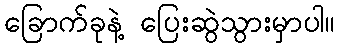
ခြောက်ခုနဲ့ ပြေးဆွဲသွားမှာပါ။